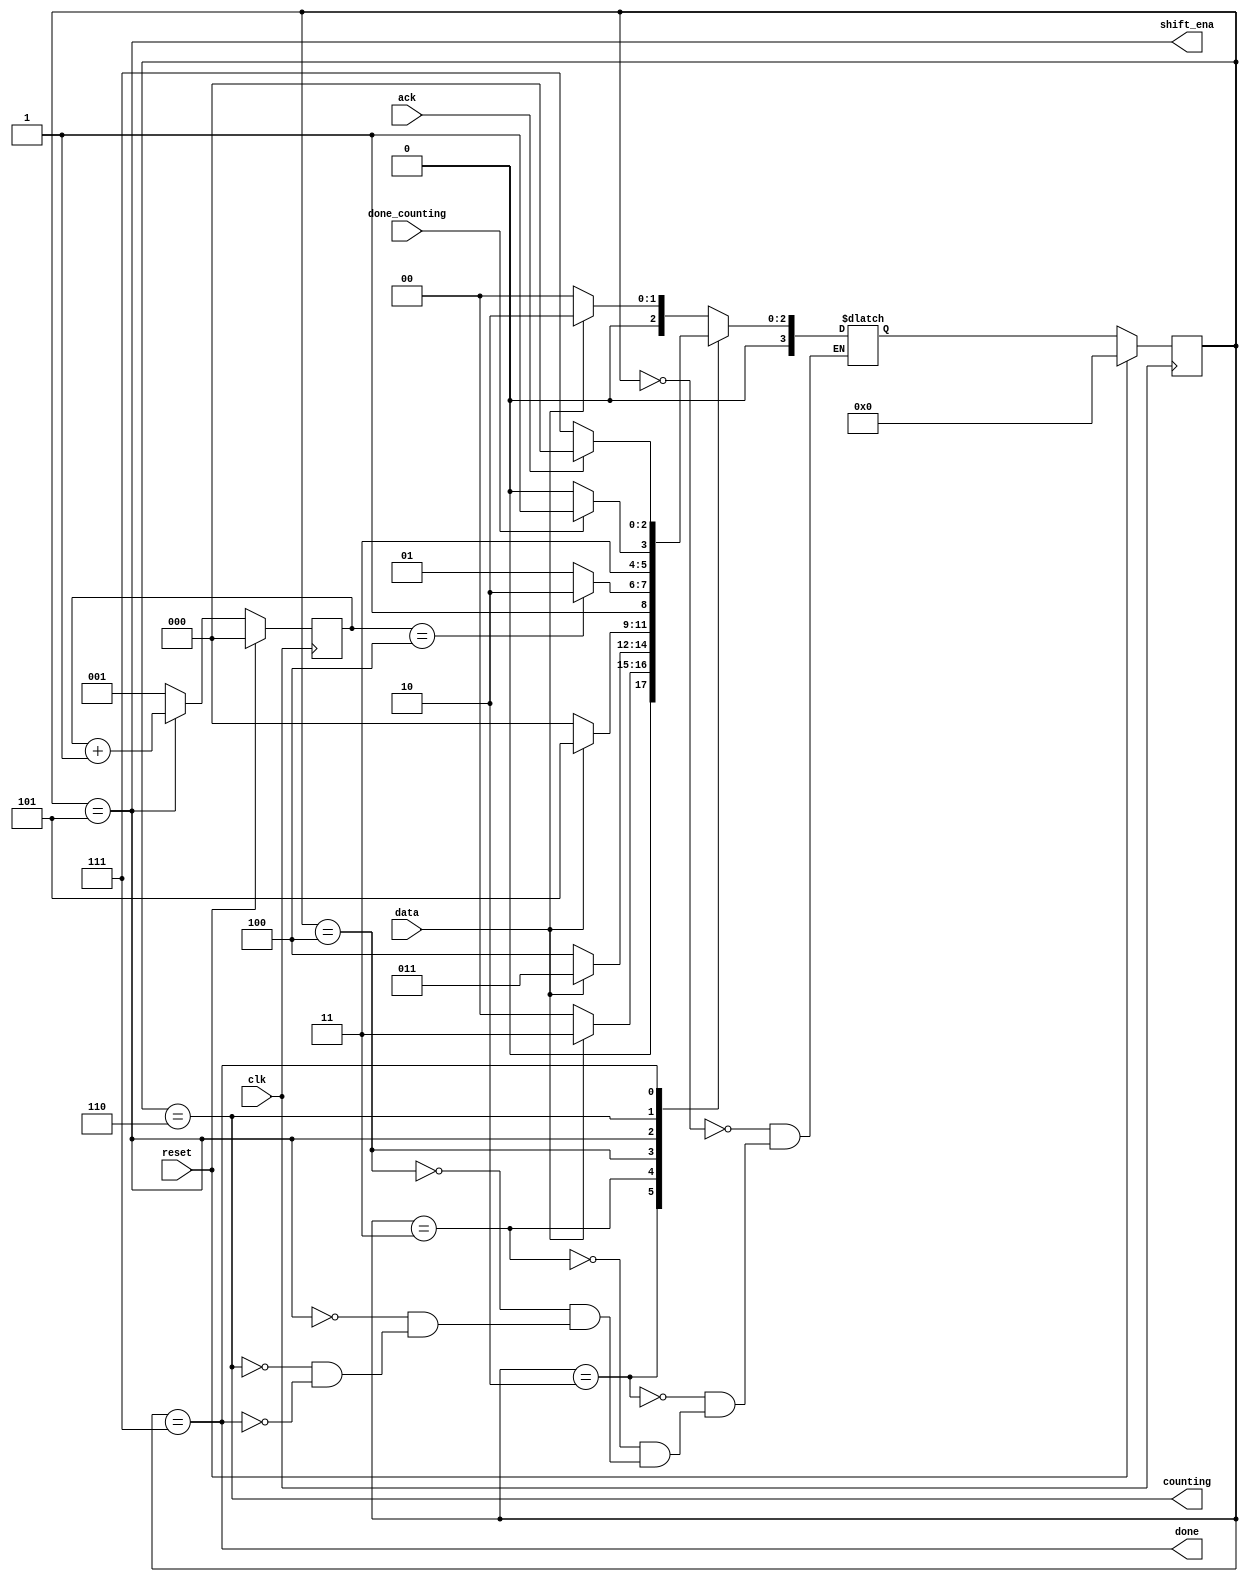
module top_module (
    input clk,
    input reset,      // Synchronous reset
    input data,
    output shift_ena,
    output counting,
    input done_counting,
    output done,
    input ack );
    
    parameter [2:0] IDLE = 3'd0, S0	= 3'd1, S1 = 3'd2, S2 = 3'd3, S3 = 3'd4, SHIFT = 3'd5, COUNT = 3'd6, DONE = 3'd7; 
    reg [3:0] state, next_state;
    reg [2:0] count;
    
    always @(posedge clk) begin
        if (reset) begin
            state <= IDLE;
            count <= 3'd0;
        end
		else begin
            if(state == SHIFT)
                count <= count + 3'd1;
            else
                count <= 3'd1;
                
            state <= next_state;
        end
	end

	always @(*) begin
		case (state) 
            IDLE : next_state <= data ? S1 : IDLE;
            S1 : next_state <= data ? S2 : IDLE;
            S2 : next_state <= data ? S2 : S3;
			S3  : next_state <= data ? SHIFT : IDLE;
            SHIFT : next_state <= count == 3'd4 ? COUNT : SHIFT;
			COUNT : next_state <= done_counting ? DONE : COUNT;
			DONE  : next_state <= ack ? IDLE : DONE;			
		endcase
	end

	assign shift_ena = state == SHIFT;
	assign counting = state == COUNT;
	assign done = state == DONE;

endmodule